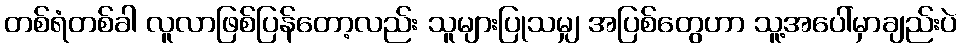
တစ်ရံတစ်ခါ လူလာဖြစ်ပြန်တော့လည်း သူများပြုသမျှ အပြစ်တွေဟာ သူ့အပေါ်မှာချည်းပဲ